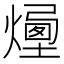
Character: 𤏯